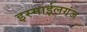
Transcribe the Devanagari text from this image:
इस्माईलगंज